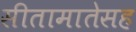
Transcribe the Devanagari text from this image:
सीतामातेसह